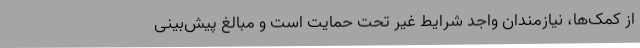
از کمک‌ها، نیازمندان واجد شرایط غیر تحت حمایت است و مبالغ پیش‌بینی